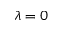
\lambda = 0